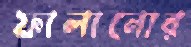
ফালানোর